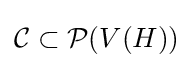
{\mathcal {C}}\subset {\mathcal {P}}(V(H))